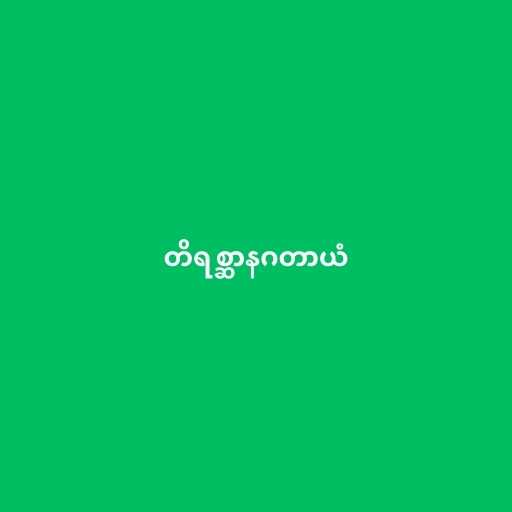
တိရစ္ဆာနဂတာယံ